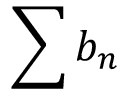
\sum b _ { n }